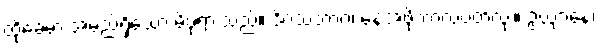
ထိုခေမာ အမည်ရှိသော မိဖုရားသည်။ ဒိဝသဘာဂံ၊ နေ့အဖို့ကာလပတ်လုံး။ ဥယျာနေ၊